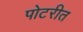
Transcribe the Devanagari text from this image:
पोटरीत